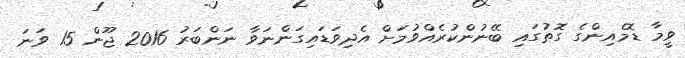
ވީމާ ޑޮމެއިންގެ ގޮތުގައި ބޭނުންކުރެއްވުމަށް އެދިވަޑައިގަންނަވާ ނަންބަރު 2016 ޖޫން 15 ވަނަ